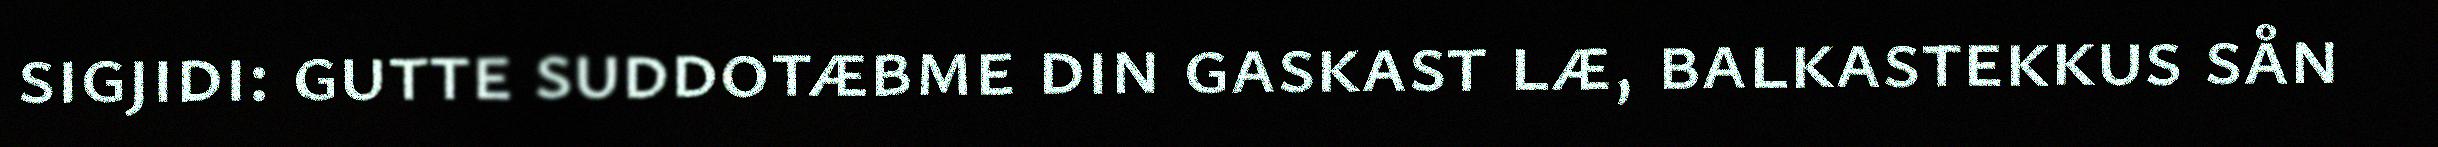
sigjidi: gutte suddotæbme din gaskast læ, balkastekkus sån